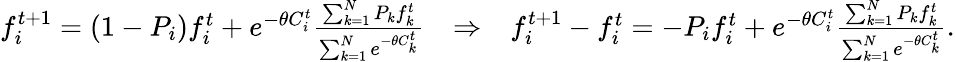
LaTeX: \begin{array}{r}{f_{i}^{t+1}=(1-P_{i})f_{i}^{t}+e^{-\theta C_{i}^{t}}\frac{\sum_{k=1}^{N}P_{k}f_{k}^{t}}{\sum_{k=1}^{N}e^{-\theta C_{k}^{t}}}\ \ \ \Rightarrow\ \ \ f_{i}^{t+1}-f_{i}^{t}=-P_{i}f_{i}^{t}+e^{-\theta C_{i}^{t}}\frac{\sum_{k=1}^{N}P_{k}f_{k}^{t}}{\sum_{k=1}^{N}e^{-\theta C_{k}^{t}}}.}\end{array}